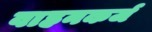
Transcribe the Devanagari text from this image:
वाहनकर्ज